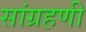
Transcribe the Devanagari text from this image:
सांग्रहणी